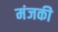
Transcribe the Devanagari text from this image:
मंजकी